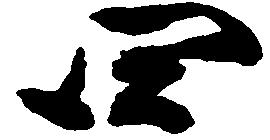
四